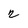
Character: 2